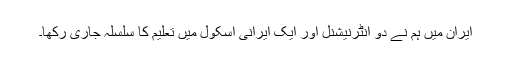
ایران میں ہم نے دو انٹرنیشنل اور ایک ایرانی اسکول میں تعلیم کا سلسلہ جاری رکھا۔